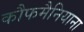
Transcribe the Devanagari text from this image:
कौफमैनियाना